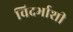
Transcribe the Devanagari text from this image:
विदर्भाशी